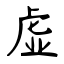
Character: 虚